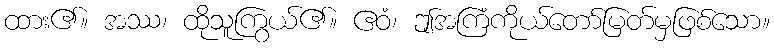
ထား၏။ အဿ၊ ထိုသူကြွယ်၏။ ဧဝံ၊ ဤအကြံကိုယ်တော်မြတ်မှဖြစ်သော။